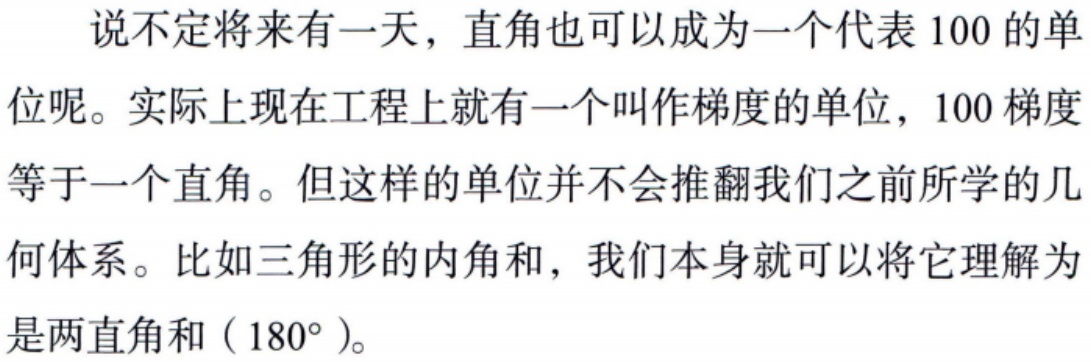
说不定将来有一天，直角也可以成为一个代表100的单位呢。实际上现在工程上就有一个叫作梯度的单位，100梯度等于一个直角。但这样的单位并不会推翻我们之前所学的几何体系。比如三角形的内角和，我们本身就可以将它理解为是两直角和（$180^{\circ}$）。